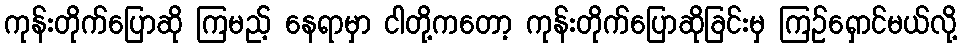
ကုန်းတိုက်ပြောဆို ကြမည့် နေရာမှာ ငါတို့ကတော့ ကုန်းတိုက်ပြောဆိုခြင်းမှ ကြဉ်ရှောင်မယ်လို့